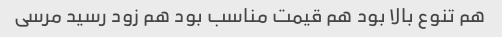
هم تنوع بالا بود هم قیمت مناسب بود هم زود رسید مرسی